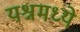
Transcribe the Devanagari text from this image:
यश्नमध्ये